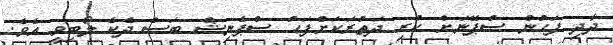
ދާދި ފަހުން ސްޕޭނަށް ކުރި ދަތުރަކަށްފަހު ސްޕެނިޝް ބަސް ދެކެ ލޯބިވީ އެވެ.